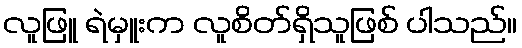
လူဖြူ ရဲမှူးက လူစိတ်ရှိသူဖြစ် ပါသည်။